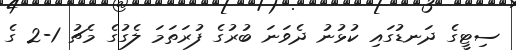
ސިޓީގެ ދަނޑުގައި ކުޅުނު ދެވަނަ ބުރުގެ ފުރަތަމަ ލެގުގެ މެޗު 1-2 ގެ